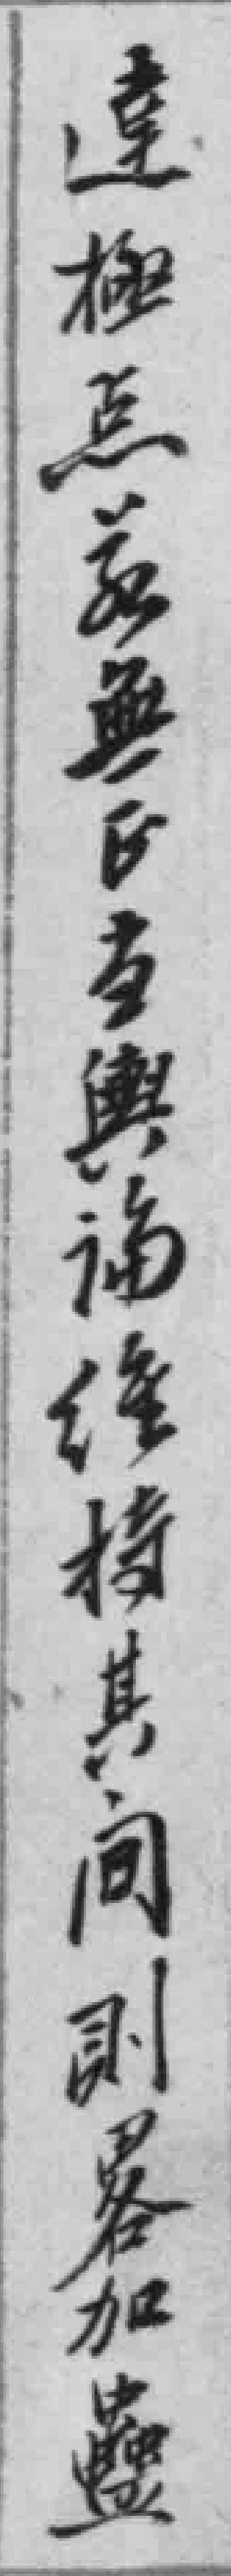
達極点兹無正當輿論維持其間則畧加蠱